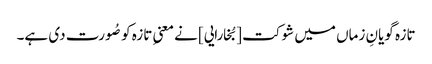
تازہ گویانِ زماں میں شوکت [بُخارایی] نے معنیِ تازہ کو صُورت دی ہے۔